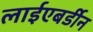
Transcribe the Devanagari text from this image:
लाईएबर्डीन